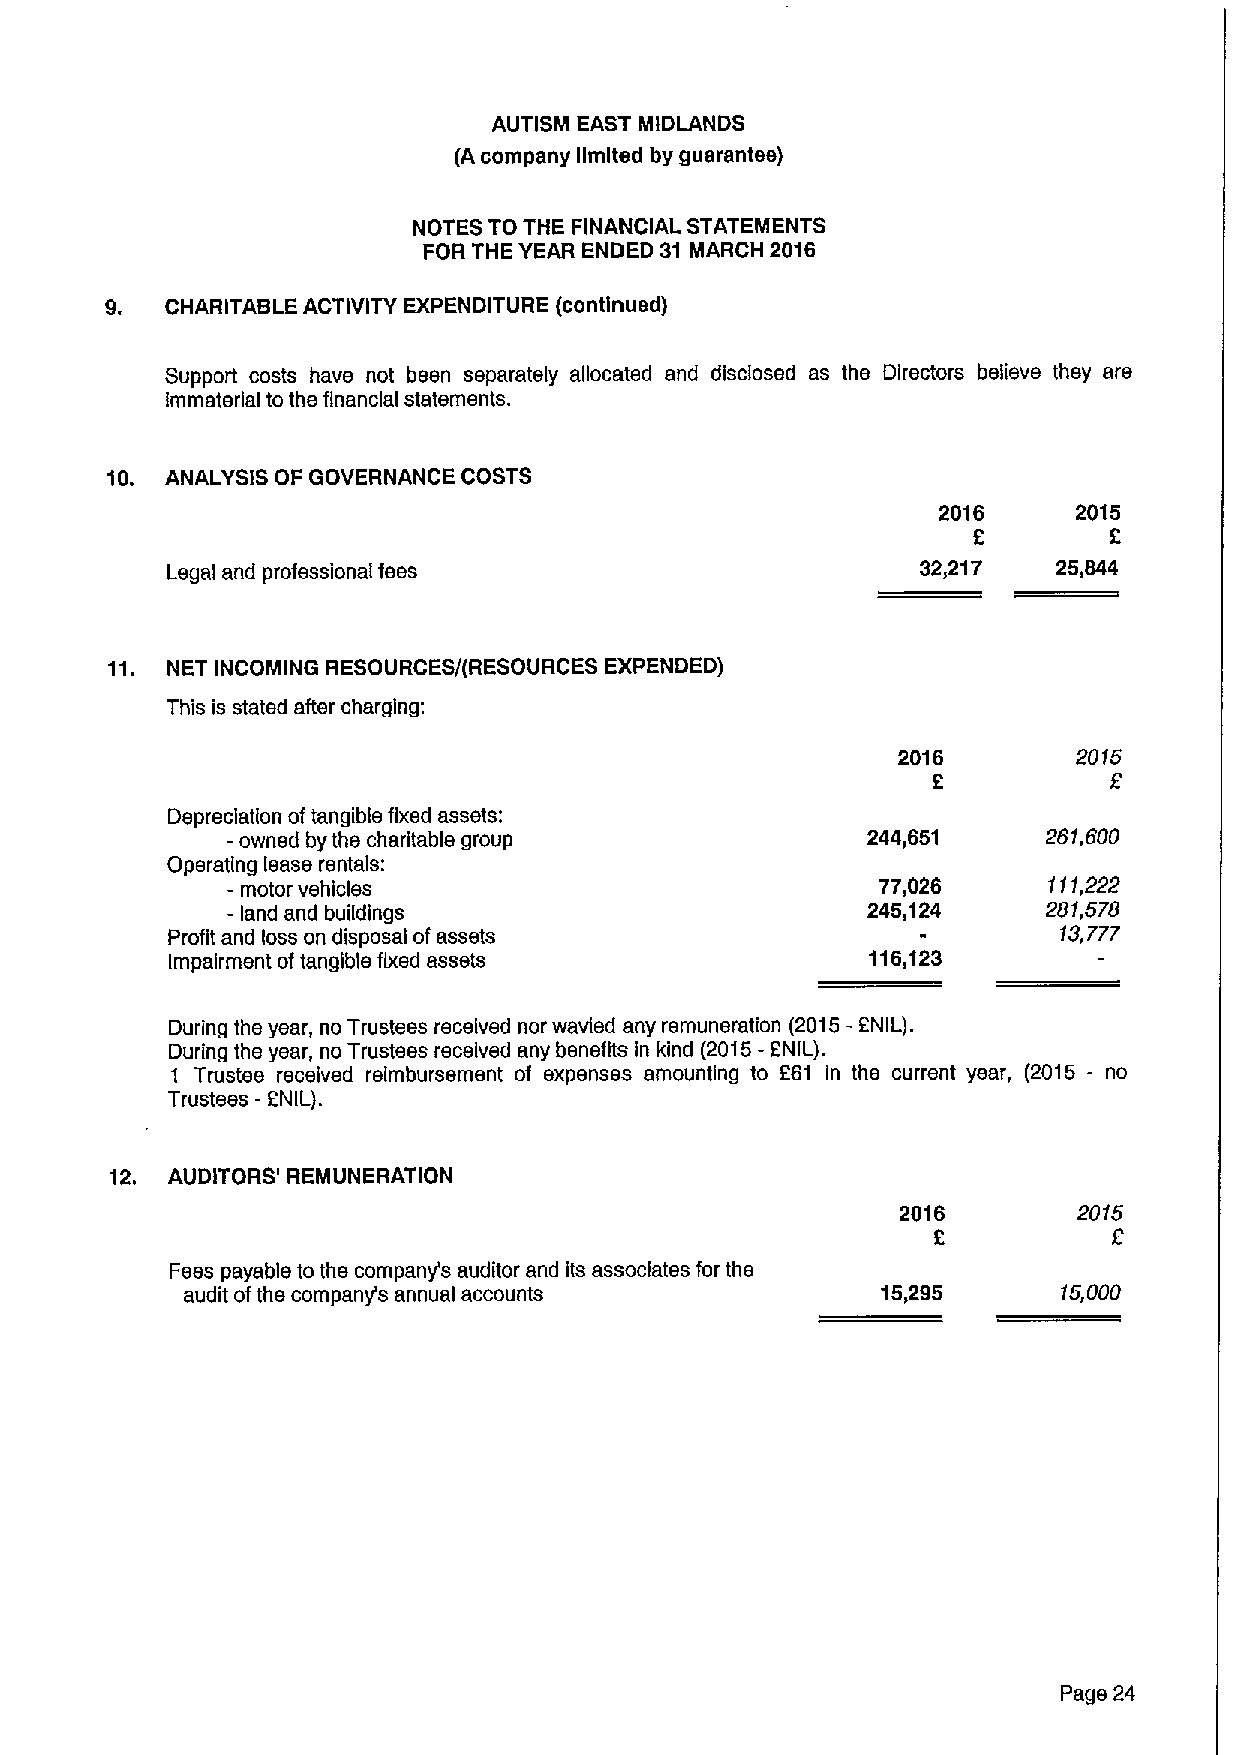
AUTISM EAST MIDLANDS
 (A company limited by guarantee)
 NOTES TO THE FINANCIAL STATEMENTS
 FOR THE YEAR ENDED 31 MARCH 2016
 9.  CHARITABLE ACTIVITY EXPENDITURE (continued)
 Support costs have not been separately allocated and disclosed as the Directors believe they are
 Immaterial to the financial statements.
 10. ANALYSIS OF GOVERNANCE COSTS
 2016     2015
 6        2
 Legal and professional fees                       32,217   25,644
 11. NET INCOMING RESOURCES/(RESOURCES EXPENDED)
 This is stated after charging:
 2016        2015
 2          2
 Depreciation oftangible fixed assets:
 -owned by the charitable group            244,651     281,800
 Operating lease rentals:
 - motor vehicles                           77,026     111,222
 - land and buildings                      245,124     281,578
 Profit and loss on disposal ofassets                       13,777
 Impairment oftangible fixed assets             116,123
 During the year, no Trustees received nor wavied any remuneration (2015 2NIL).
 During the year, no Trustees received any benefits in kind (2015- 2NIL).
 1 Trustee received reimbursement of expenses amounting to 261 in the current year, (2015 - no
 Trustees - PNIL).
 12. AUDITORS' REMUNERATION
 2016       2015
 2
 Fees payable to the company's auditor and its associates for the
 audit ofthe company's annual accounts         15,295      15,000
 Page 24